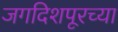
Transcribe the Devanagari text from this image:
जगदिशपूरच्या